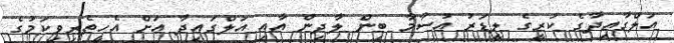
އަލްގާއިދާގެ ކުރީގެ ލީޑަރު އުސާމާ ބިން ލާދިން އާއި އަލްގައިދާ އަށް އެހީތެރިވިކަމުގެ